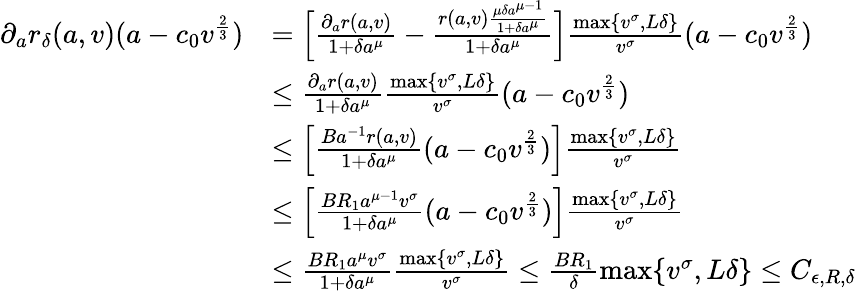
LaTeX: \begin{array}{rl}{\partial_{a}r_{\delta}(a,v)(a-c_{0}v^{\frac{2}{3}})}&{=\Big[\frac{\partial_{a}r(a,v)}{1+\delta a^{\mu}}-\frac{r(a,v)\frac{\mu\delta a^{\mu-1}}{1+\delta a^{\mu}}}{1+\delta a^{\mu}}\Big]\frac{\operatorname*{max}\{ v^{\sigma},L\delta\} }{v^{\sigma}}(a-c_{0}v^{\frac{2}{3}})}\\ &{\leq\frac{\partial_{a}r(a,v)}{1+\delta a^{\mu}}\frac{\operatorname*{max}\{ v^{\sigma},L\delta\} }{v^{\sigma}}(a-c_{0}v^{\frac{2}{3}})}\\ &{\leq\Big[\frac{Ba^{-1}r(a,v)}{1+\delta a^{\mu}}(a-c_{0}v^{\frac{2}{3}})\Big]\frac{\operatorname*{max}\{ v^{\sigma},L\delta\} }{v^{\sigma}}}\\ &{\leq\Big[\frac{BR_{1}a^{\mu-1}v^{\sigma}}{1+\delta a^{\mu}}(a-c_{0}v^{\frac{2}{3}})\Big]\frac{\operatorname*{max}\{ v^{\sigma},L\delta\} }{v^{\sigma}}}\\ &{\leq\frac{BR_{1}a^{\mu}v^{\sigma}}{1+\delta a^{\mu}}\frac{\operatorname*{max}\{ v^{\sigma},L\delta\} }{v^{\sigma}}\leq\frac{BR_{1}}{\delta}\operatorname*{max}\{ v^{\sigma},L\delta\} \leq C_{\epsilon,R,\delta}}\end{array}